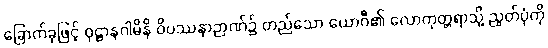
ခြောက်ခုဖြင့် ဝုဋ္ဌာနဂါမိနိ ဝိပဿနာဉာဏ်၌ တည်သော ယောဂီ၏ လောကုတ္တရာသို့ ညွတ်ပုံကို